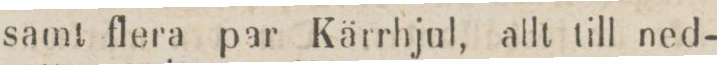
samt flera par Kärrhjul, allt till ned-